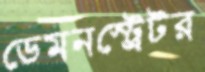
ডেমনস্ট্রেটর